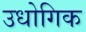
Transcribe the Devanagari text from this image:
उधोगिक